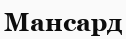
Мансард